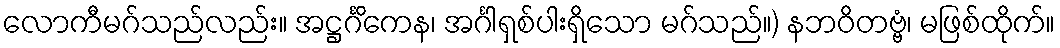
လောကီမဂ်သည်လည်း။ အဋ္ဌင်္ဂိကေန၊ အင်္ဂါရှစ်ပါးရှိသော မဂ်သည်။) နဘဝိတဗ္ဗံ၊ မဖြစ်ထိုက်။